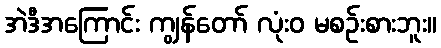
အဲဒီအကြောင်း ကျွန်တော် လုံးဝ မစဉ်းစားဘူး။